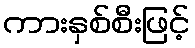
ကားနှစ်စီးဖြင့်